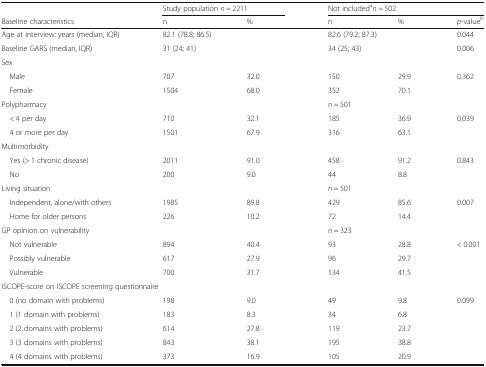
<table><thead><tr><td></td><td colspan="2"><b>Study population <i>n</i> = 2211</b></td><td colspan="3"><b>Not included<sup>a</sup><i>n</i> = 502</b></td></tr><tr><td><b>Baseline characteristics</b></td><td><b>n</b></td><td><b>%</b></td><td><b>n</b></td><td><b>%</b></td><td><b><i>p</i>-value<sup>b</sup></b></td></tr></thead><tbody><tr><td>Age at interview: years (median, IQR)</td><td colspan="2">82.1 (78.8; 86.5)</td><td colspan="2">82.6 (79.2; 87.3)</td><td>0.044</td></tr><tr><td>Baseline GARS (median, IQR)</td><td colspan="2">31 (24; 41)</td><td colspan="2">34 (25; 43)</td><td>0.006</td></tr><tr><td colspan="6">Sex</td></tr><tr><td> Male</td><td>707</td><td>32.0</td><td>150</td><td>29.9</td><td>0.362</td></tr><tr><td> Female</td><td>1504</td><td>68.0</td><td>352</td><td>70.1</td><td></td></tr><tr><td>Polypharmacy</td><td></td><td></td><td><i>n</i> = 501</td><td></td><td></td></tr><tr><td> &lt; 4 per day</td><td>710</td><td>32.1</td><td>185</td><td>36.9</td><td>0.039</td></tr><tr><td> 4 or more per day</td><td>1501</td><td>67.9</td><td>316</td><td>63.1</td><td></td></tr><tr><td colspan="6">Multimorbidity</td></tr><tr><td> Yes (&gt; 1 chronic disease)</td><td>2011</td><td>91.0</td><td>458</td><td>91.2</td><td>0.843</td></tr><tr><td> No</td><td>200</td><td>9.0</td><td>44</td><td>8.8</td><td></td></tr><tr><td>Living situation</td><td></td><td></td><td><i>n</i> = 501</td><td></td><td></td></tr><tr><td> Independent, alone/with others</td><td>1985</td><td>89.8</td><td>429</td><td>85.6</td><td>0.007</td></tr><tr><td> Home for older persons</td><td>226</td><td>10.2</td><td>72</td><td>14.4</td><td></td></tr><tr><td>GP opinion on vulnerability</td><td></td><td></td><td><i>n</i> = 323</td><td></td><td></td></tr><tr><td> Not vulnerable</td><td>894</td><td>40.4</td><td>93</td><td>28.8</td><td>&lt; 0.001</td></tr><tr><td> Possibly vulnerable</td><td>617</td><td>27.9</td><td>96</td><td>29.7</td><td></td></tr><tr><td> Vulnerable</td><td>700</td><td>31.7</td><td>134</td><td>41.5</td><td></td></tr><tr><td colspan="6">ISCOPE-score on ISCOPE screening questionnaire</td></tr><tr><td> 0 (no domain with problems)</td><td>198</td><td>9.0</td><td>49</td><td>9.8</td><td>0.099</td></tr><tr><td> 1 (1 domain with problems)</td><td>183</td><td>8.3</td><td>34</td><td>6.8</td><td></td></tr><tr><td> 2 (2 domains with problems)</td><td>614</td><td>27.8</td><td>119</td><td>23.7</td><td></td></tr><tr><td> 3 (3 domains with problems)</td><td>843</td><td>38.1</td><td>195</td><td>38.8</td><td></td></tr><tr><td> 4 (4 domains with problems)</td><td>373</td><td>16.9</td><td>105</td><td>20.9</td><td></td></tr></tbody></table>